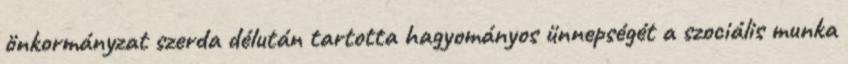
önkormányzat szerda délután tartotta hagyományos ünnepségét a szociális munka